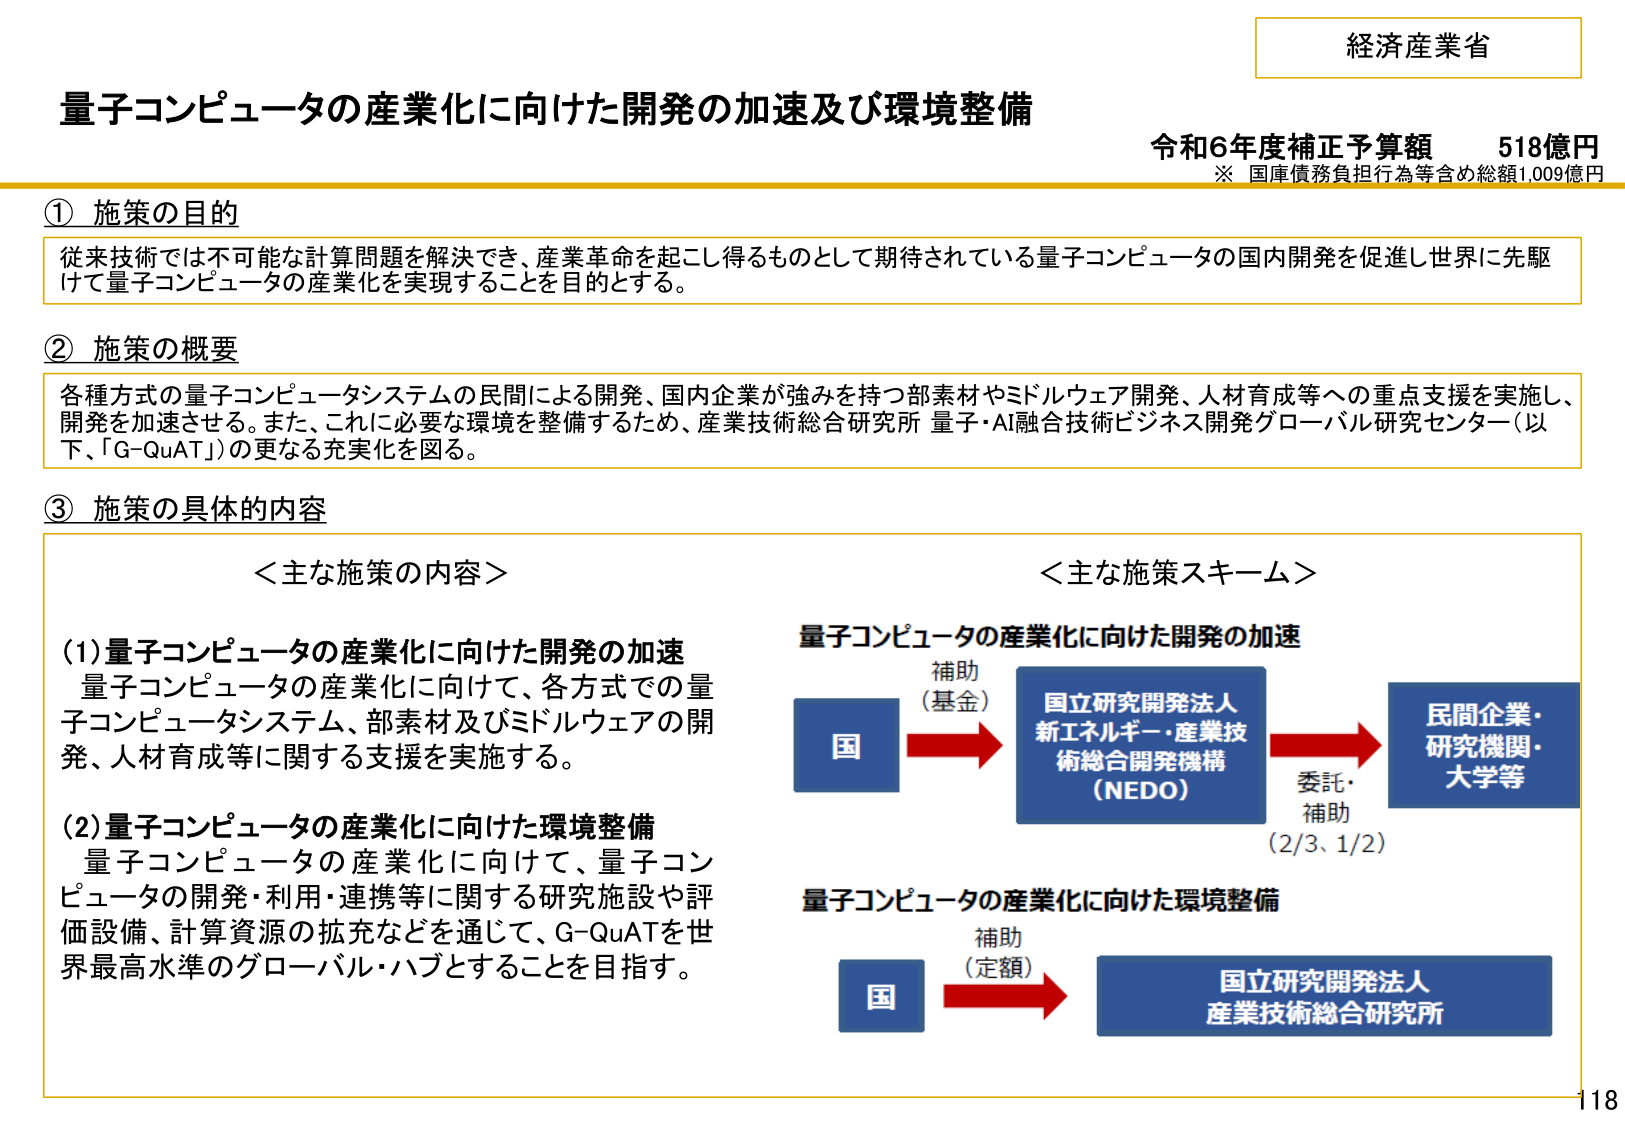
経済産業省
量子コンピュータの産業化に向けた開発の加速及び環境整備
令和6年度補正予算額　518億円
※ 国庫債務負担行為等含め総額1,009億円

① 施策の目的
従来技術では不可能な計算問題を解決でき、産業革命を起こし得るものとして期待されている量子コンピュータの国内開発を促進し世界に先駆けて量子コンピュータの産業化を実現することを目的とする。

② 施策の概要
各種方式の量子コンピュータシステムの民間による開発、国内企業が強みを持つ部素材やミドルウェア開発、人材育成等への重点支援を実施し、開発を加速させる。また、これに必要な環境を整備するため、産業技術総合研究所 量子・AI融合技術ビジネス開発グローバル研究センター（以下、「G-QuAT」）の更なる充実化を図る。

③ 施策の具体的な内容

＜主な施策の内容＞
(1) 量子コンピュータの産業化に向けた開発の加速
量子コンピュータの産業化に向けて、各方式での量子コンピュータシステム、部素材及びミドルウェアの開発、人材育成等に関する支援を実施する。

(2) 量子コンピュータの産業化に向けた環境整備
量子コンピュータの産業化に向けて、量子コンピュータの開発・利用・連携等に関する研究施設や評価設備、計算資源の拡充などを通じて、G-QuATを世界最高水準のグローバル・ハブとすることを目指す。

＜主な施策スキーム＞
量子コンピュータの産業化に向けた開発の加速
国 → 補助（基金） → 国立研究開発法人 新エネルギー・産業技術総合開発機構（NEDO） → 委託・補助（2/3、1/2） → 民間企業・研究機関・大学等

量子コンピュータの産業化に向けた環境整備
国 → 補助（定額） → 国立研究開発法人 産業技術総合研究所

118